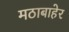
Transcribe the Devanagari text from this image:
मठाबाहेर